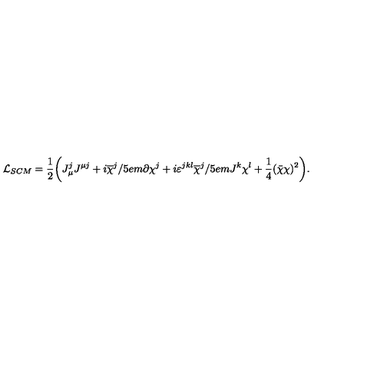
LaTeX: { \cal L } _ { S C M } = \frac 1 2 \biggl ( J _ { \mu } ^ { j } J ^ { \mu j } + i \overline { { \chi } } ^ { j } / \kern - . 5 e m \partial \chi ^ { j } + i \varepsilon ^ { j k l } \overline { { \chi } } ^ { j } / \kern - . 5 e m J ^ { k } \chi ^ { l } + \frac 1 4 ( \bar { \chi } \chi ) ^ { 2 } \biggr ) .